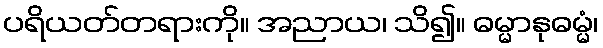
ပရိယတ်တရားကို။ အညာယ၊ သိ၍။ ဓမ္မာနုဓမ္မံ၊